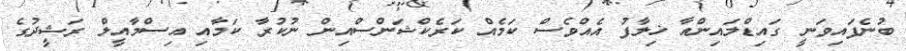
ބުނެފައިވަނީ ގައިޑްލައިންއާ ޚިލާފު އެއްވެސް ކަމެއް ކަރެކްޝަންސްއިން ނުކުރާ ކަމާއި އިސްމާއީލް ރަޝީދުގެ